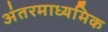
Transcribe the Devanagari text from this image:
अंतरमाध्यमिक